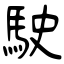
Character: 駛